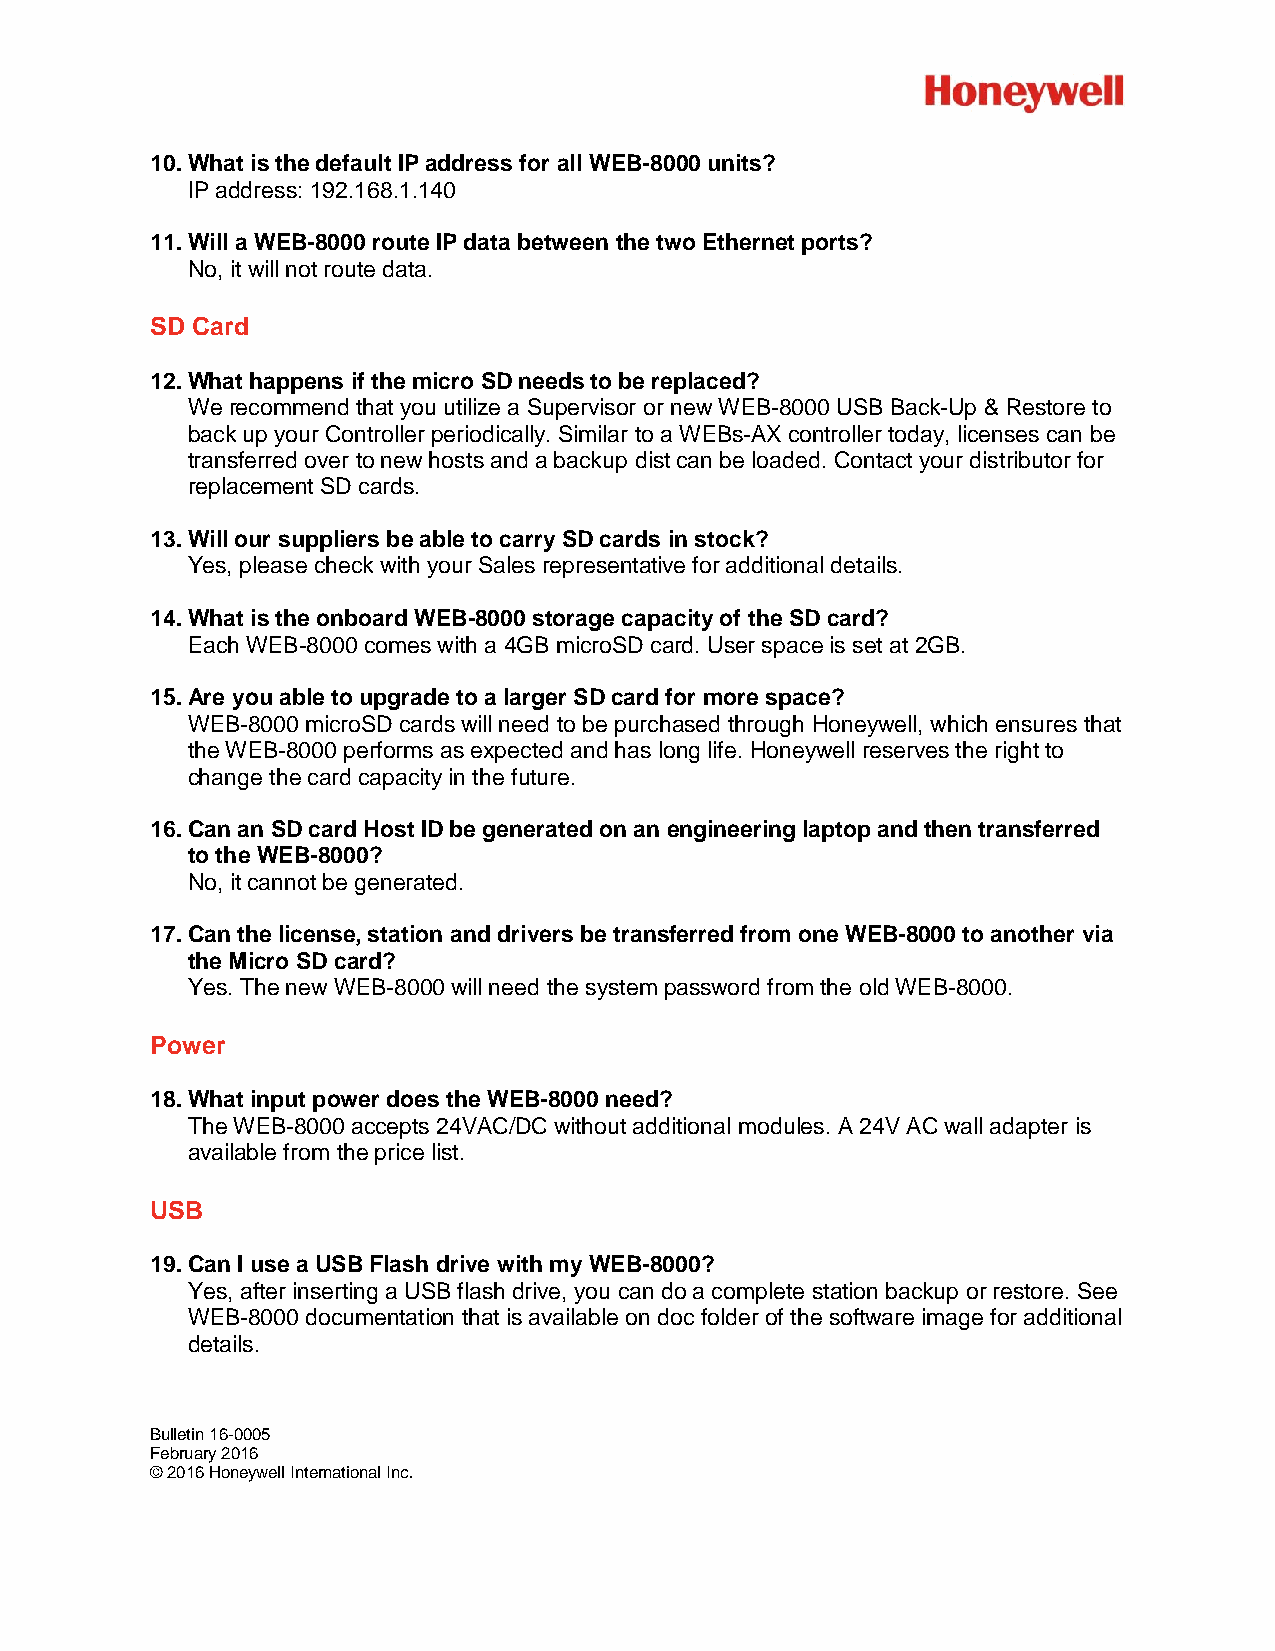
10. What is the default IP address for all WEB-8000 units?
 IP address: 192.168.1.140
 11. Will a WEB-8000 route IP data between the two Ethernet ports?
 No, it will not route data.
 SD Card
 12. What happens if the micro SD needs to be replaced?
 We recommend that you utilize a Supervisor or new WEB-8000 USB Back-Up & Restore to
 back up your Controller periodically. Similar to a WEBs-AX controller today, licenses can be
 transferred over to new hosts and a backup dist can be loaded. Contact your distributor for
 replacement SD cards.
 13. Will our suppliers be able to carry SD cards in stock?
 Yes, please check with your Sales representative for additional details.
 14. What is the onboard WEB-8000 storage capacity of the SD card?
 Each WEB-8000 comes with a 4GB microSD card. User space is set at 2GB.
 15. Are you able to upgrade to a larger SD card for more space?
 WEB-8000 microSD cards will need to be purchased through Honeywell, which ensures that
 the WEB-8000 performs as expected and has long life. Honeywell reserves the right to
 change the card capacity in the future.
 16. Can an SD card Host ID be generated on an engineering laptop and then transferred
 to the WEB-8000?
 No, it cannot be generated.
 17. Can the license, station and drivers be transferred from one WEB-8000 to another via
 the Micro SD card?
 Yes. The new WEB-8000 will need the system password from the old WEB-8000.
 Power
 18. What input power does the WEB-8000 need?
 The WEB-8000 accepts 24VAC/DC without additional modules. A 24V AC wall adapter is
 available from the price list.
 USB
 19. Can I use a USB Flash drive with my WEB-8000?
 Yes, after inserting a USB flash drive, you can do a complete station backup or restore. See
 WEB-8000 documentation that is available on doc folder of the software image for additional
 details.
 Bulletin 16-0005
 February 2016
 © 2016 Honeywell International Inc.